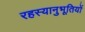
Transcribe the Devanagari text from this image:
रहस्यानुभूतियों